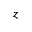
z